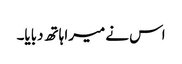
اس نے میرا ہاتھ دبایا۔